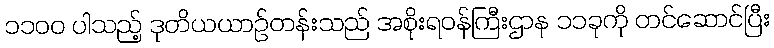
၁၁၀၀ ပါသည့် ဒုတိယယာဉ်တန်းသည် အစိုးရဝန်ကြီးဌာန ၁၁ခုကို တင်ဆောင်ပြီး